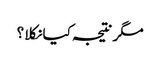
مگر نتیجہ کیا نکلا ؟